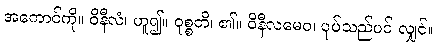
အကောင်ကို။ ဝိနီလံ၊ ဟူ၍။ ဝုစ္စတိ၊ ၏။ ဝိနီလမေဝ၊ ပုပ်သည်ပင် လျှင်။